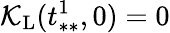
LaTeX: \mathcal{K}_{\mathrm{L}}(t_{**}^{1},0)=0